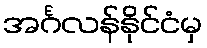
အင်္ဂလန်နိုင်ငံမှ